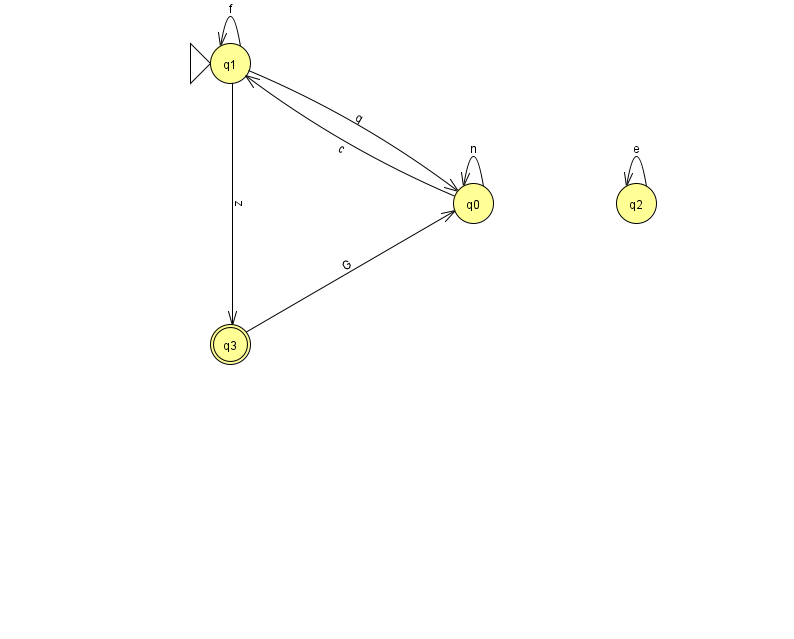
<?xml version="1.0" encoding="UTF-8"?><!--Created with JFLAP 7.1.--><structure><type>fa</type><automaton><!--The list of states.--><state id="0" name="q0"><x>473.0</x><y>190.0</y></state><state id="1" name="q1"><x>230.0</x><y>50.0</y><initial/></state><state id="2" name="q2"><x>636.0</x><y>190.0</y></state><state id="3" name="q3"><x>230.0</x><y>331.0</y><final/></state><!--The list of transitions.--><transition><from>2</from><to>2</to><read>e</read></transition><transition><from>1</from><to>1</to><read>f</read></transition><transition><from>1</from><to>3</to><read>z</read></transition><transition><from>3</from><to>0</to><read>G</read></transition><transition><from>1</from><to>0</to><read>q</read></transition><transition><from>0</from><to>0</to><read>n</read></transition><transition><from>0</from><to>1</to><read>c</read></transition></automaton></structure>